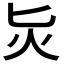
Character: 𭴁